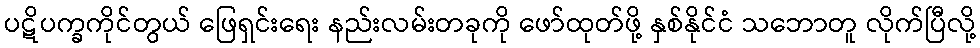
ပဋိပက္ခကိုင်တွယ် ဖြေရှင်းရေး နည်းလမ်းတခုကို ဖော်ထုတ်ဖို့ နှစ်နိုင်ငံ သဘောတူ လိုက်ပြီလို့